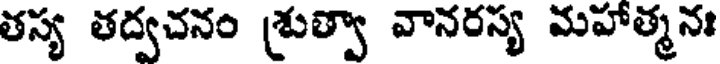
తస్య తద్వచనం శ్రుత్వా వానరస్య మహాత్మనః